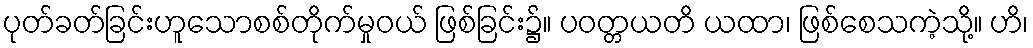
ပုတ်ခတ်ခြင်းဟူသောစစ်တိုက်မှုဝယ် ဖြစ်ခြင်း၌။ ပဝတ္တယတိ ယထာ၊ ဖြစ်စေသကဲ့သို့။ ဟိ၊